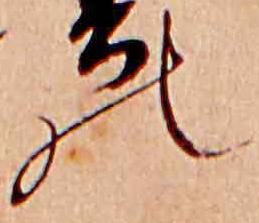
の